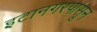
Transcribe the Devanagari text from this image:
इटानगरपासून